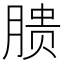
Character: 𱼏